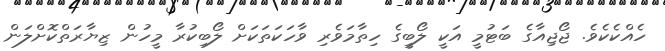
ހެއްކެކެވެ. ޖޯޖިއާގެ ބަޓުމީ އަކީ ލޯބީގެ ހިތާމަވެރި ވާހަކަތަކަށް ލޯބިކުރާ މީހުން ޒިޔާރަތްކޮށްލަން